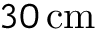
3 0 \, \mathrm { c m }